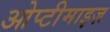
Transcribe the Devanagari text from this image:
ओप्टीमाइज़